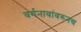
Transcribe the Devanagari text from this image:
वर्गनावांवरुनच